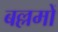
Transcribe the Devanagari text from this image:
बल्लमों